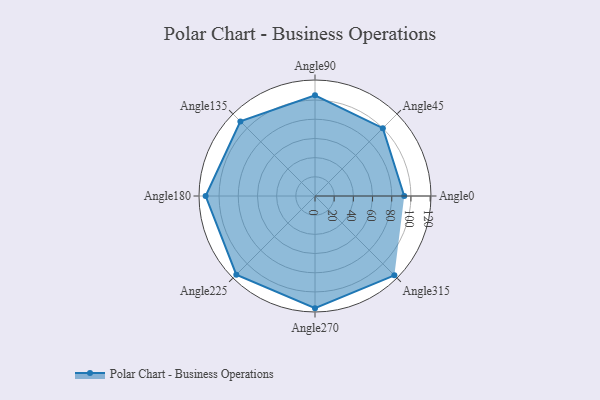
{"axis": {"x": "Angle", "y": "Radius"}, "legend": [""], "data": [{"x": "Angle0", "y": 93.0, "type": ""}, {"x": "Angle45", "y": 100.0, "type": ""}, {"x": "Angle90", "y": 105.0, "type": ""}, {"x": "Angle135", "y": 110.0, "type": ""}, {"x": "Angle180", "y": 114.0, "type": ""}, {"x": "Angle225", "y": 116.0, "type": ""}, {"x": "Angle270", "y": 117.0, "type": ""}, {"x": "Angle315", "y": 117.0, "type": ""}]}